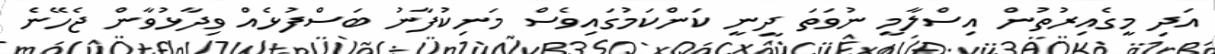
އަދި މީގެއިރުތުން އިސްލާމީ ނުވަތަ ދީނީ ކަންކަމުގައިވެސް މަނިކުފާނު ބަސްފުޅެއް ވިދާޅުވާން ޖެހޭނެ